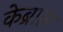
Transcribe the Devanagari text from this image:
केब्राल